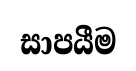
සාපයීම